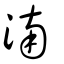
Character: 湳